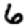
Digit: 6